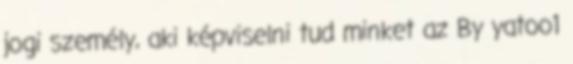
jogi személy, aki képviselni tud minket az By yatoo1